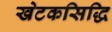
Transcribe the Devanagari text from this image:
खेटकसिद्धि